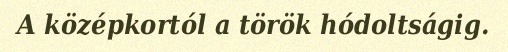
A középkortól a török hódoltságig.